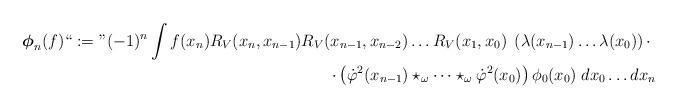
LaTeX: \begin{align*}\boldsymbol{\phi}_n(f) ``:=" (-1)^n\int f(x_n) R_V(x_n,x_{n-1}) R_V(x_{n-1},x_{n-2})\dots R_V(x_1,x_{0}) \; \left( \lambda(x_{n-1})\dots \lambda(x_0)\right) \cdot \;\\\cdot\left(\dot\varphi^2(x_{n-1}) \star_\omega \dots \star_\omega \dot\varphi^2(x_0) \right) \phi_0(x_0) \; dx_0\dots dx_n\end{align*}